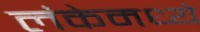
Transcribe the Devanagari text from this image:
लंकेमध्ये